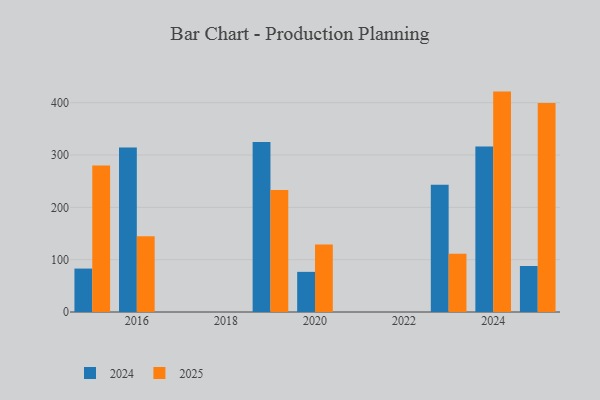
{"axis": {"x": "Year", "y": "Website Visitors"}, "legend": ["2024", "2025"], "data": [{"x": "2015", "y": 83.0, "type": "2024"}, {"x": "2015", "y": 280.1, "type": "2025"}, {"x": "2025", "y": 87.9, "type": "2024"}, {"x": "2025", "y": 399.2, "type": "2025"}, {"x": "2020", "y": 76.7, "type": "2024"}, {"x": "2020", "y": 129.1, "type": "2025"}, {"x": "2016", "y": 314.4, "type": "2024"}, {"x": "2016", "y": 144.7, "type": "2025"}, {"x": "2019", "y": 325.0, "type": "2024"}, {"x": "2019", "y": 233.3, "type": "2025"}, {"x": "2024", "y": 316.2, "type": "2024"}, {"x": "2024", "y": 421.2, "type": "2025"}, {"x": "2023", "y": 243.1, "type": "2024"}, {"x": "2023", "y": 111.1, "type": "2025"}]}